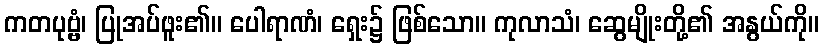
ကတပုဗ္ဗံ၊ ပြုအပ်ဖူး၏။ ပေါရာဏံ၊ ရှေး၌ ဖြစ်သော။ ကုလာသံ၊ ဆွေမျိုးတို့၏ အနွယ်ကို။